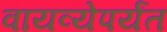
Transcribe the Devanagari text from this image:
वायव्येपर्यंत